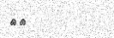
٧٨